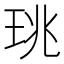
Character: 珧